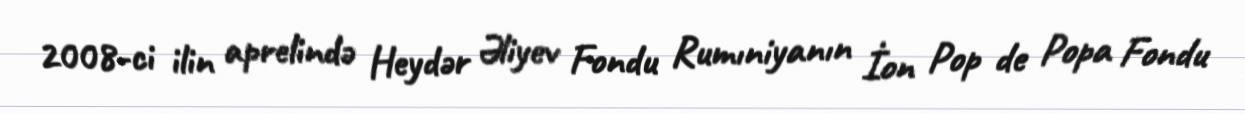
2008-ci ilin aprelində Heydər Əliyev Fondu Rumıniyanın İon Pop de Popa Fondu